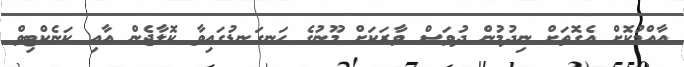
އާއްމުކޮށް އެގޮތަށް ނިދުމުން ދުވަސް ވާރަކަށް މޫނުގެ ހަނގަނޑުގައިވާ ކޮލާޖެން އާއި ކަނެކްޓިވް